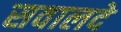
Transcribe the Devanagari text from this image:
सवालदे